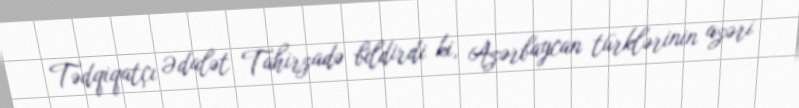
Tədqiqatçı Ədalət Tahirzadə bildirdi ki, Azərbaycan türklərinin azəri